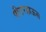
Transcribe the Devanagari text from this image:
पीटरहाऊस